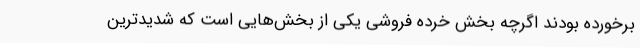
برخورده بودند اگرچه بخش خرده فروشی یکی از بخش‌هایی است که شدیدترین